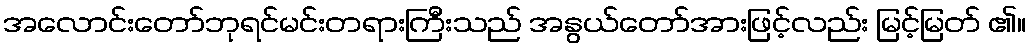
အလောင်းတော်ဘုရင်မင်းတရားကြီးသည် အနွယ်တော်အားဖြင့်လည်း မြင့်မြတ် ၏။